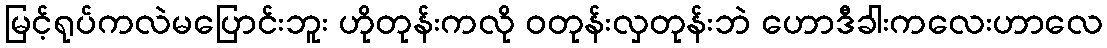
မြင့်ရုပ်ကလဲမပြောင်းဘူး ဟိုတုန်းကလို ဝတုန်းလှတုန်းဘဲ ဟောဒီခါးကလေးဟာလေ